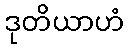
ဒုတိယာဟံ